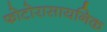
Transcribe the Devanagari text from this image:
फोटोरासायनिक